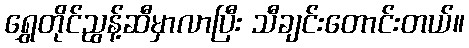
ရွှေတိုင်ညွန့်ဆီမှာလာပြီး သီချင်းတောင်းတယ်။